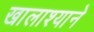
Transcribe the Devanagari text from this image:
खालाश्याने